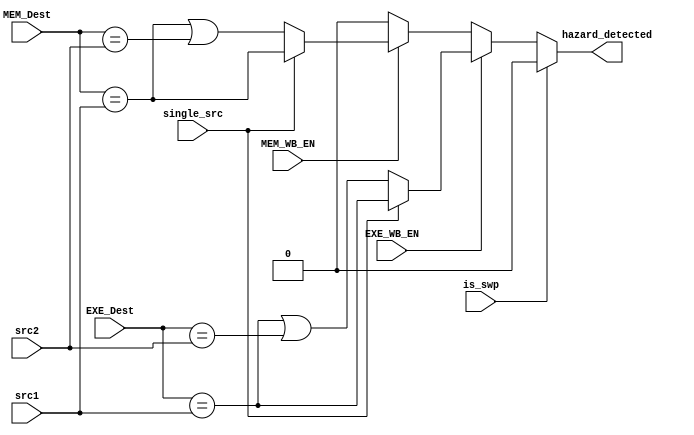
module Hazard_Detection_Unit(
    input single_src,
    input [4:0] src1,
    input [4:0] src2,
    input [4:0] EXE_Dest,
    input EXE_WB_EN,
    input [4:0] MEM_Dest,
    input MEM_WB_EN,
    input is_swp,
    
    output reg hazard_detected
);
    always @(*) begin
        hazard_detected = 0;
        if (~is_swp) begin
            if(MEM_WB_EN) begin
                hazard_detected = (MEM_Dest == src1);
                if(~single_src)
                    hazard_detected = (hazard_detected | (MEM_Dest == src2));
            end
            if(EXE_WB_EN) begin
                hazard_detected = (EXE_Dest == src1);
                if(~single_src)
                    hazard_detected = (hazard_detected | (EXE_Dest == src2));
            end
        end
    end

endmodule